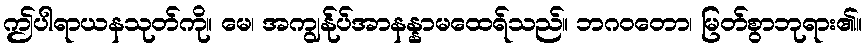
ဤပါရာယနသုတ်ကို။ မေ၊ အကျွန်ုပ်အာနန္နာမထေရ်သည်။ ဘဂဝတော၊ မြတ်စွာဘုရား၏။